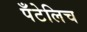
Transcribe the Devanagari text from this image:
पँटेलिच